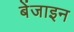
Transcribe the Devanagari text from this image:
बेंजाइन